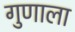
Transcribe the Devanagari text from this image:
गुणाला